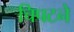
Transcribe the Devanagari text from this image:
चिपटने